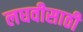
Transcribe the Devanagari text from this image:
लघवीसाठी